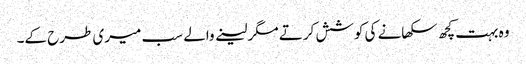
وہ بہت کچھ سکھانے کی کوشش کرتے مگر لینے والے سب میری طرح کے۔